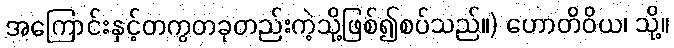
အကြောင်းနှင့်တကွတခုတည်းကဲ့သို့ဖြစ်၍စပ်သည်။) ဟောတိဝိယ၊ သို့။